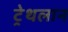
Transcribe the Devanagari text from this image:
ट्रेथलान